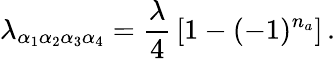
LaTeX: \lambda_{\alpha_{1}\alpha_{2}\alpha_{3}\alpha_{4}}={\frac{\lambda}{4}}\left[1-(-1)^{n_{a}}\right]\, .